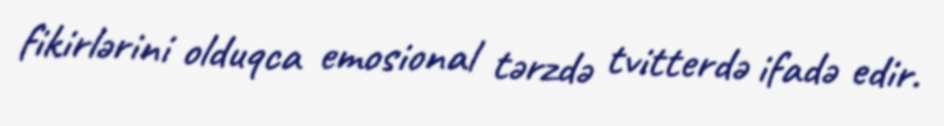
fikirlərini olduqca emosional tərzdə tvitterdə ifadə edir.